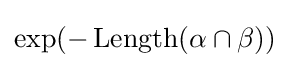
\exp(-\operatorname {Length} (\alpha \cap \beta ))